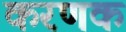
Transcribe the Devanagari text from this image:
करणक